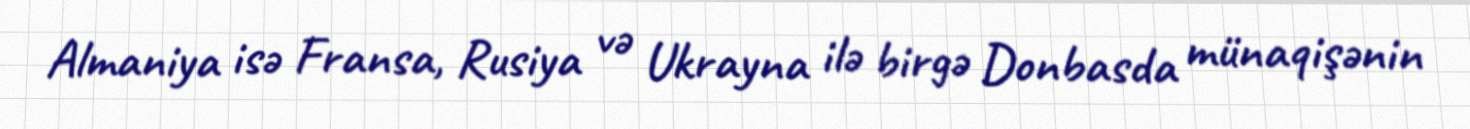
Almaniya isə Fransa, Rusiya və Ukrayna ilə birgə Donbasda münaqişənin